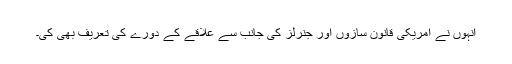
انہوں نے امریکی قانون سازوں اور جنرلز کی جانب سے علاقے کے دورے کی تعریف بھی کی۔